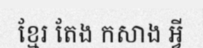
ខ្មែរ តែង កសាង អ្វី